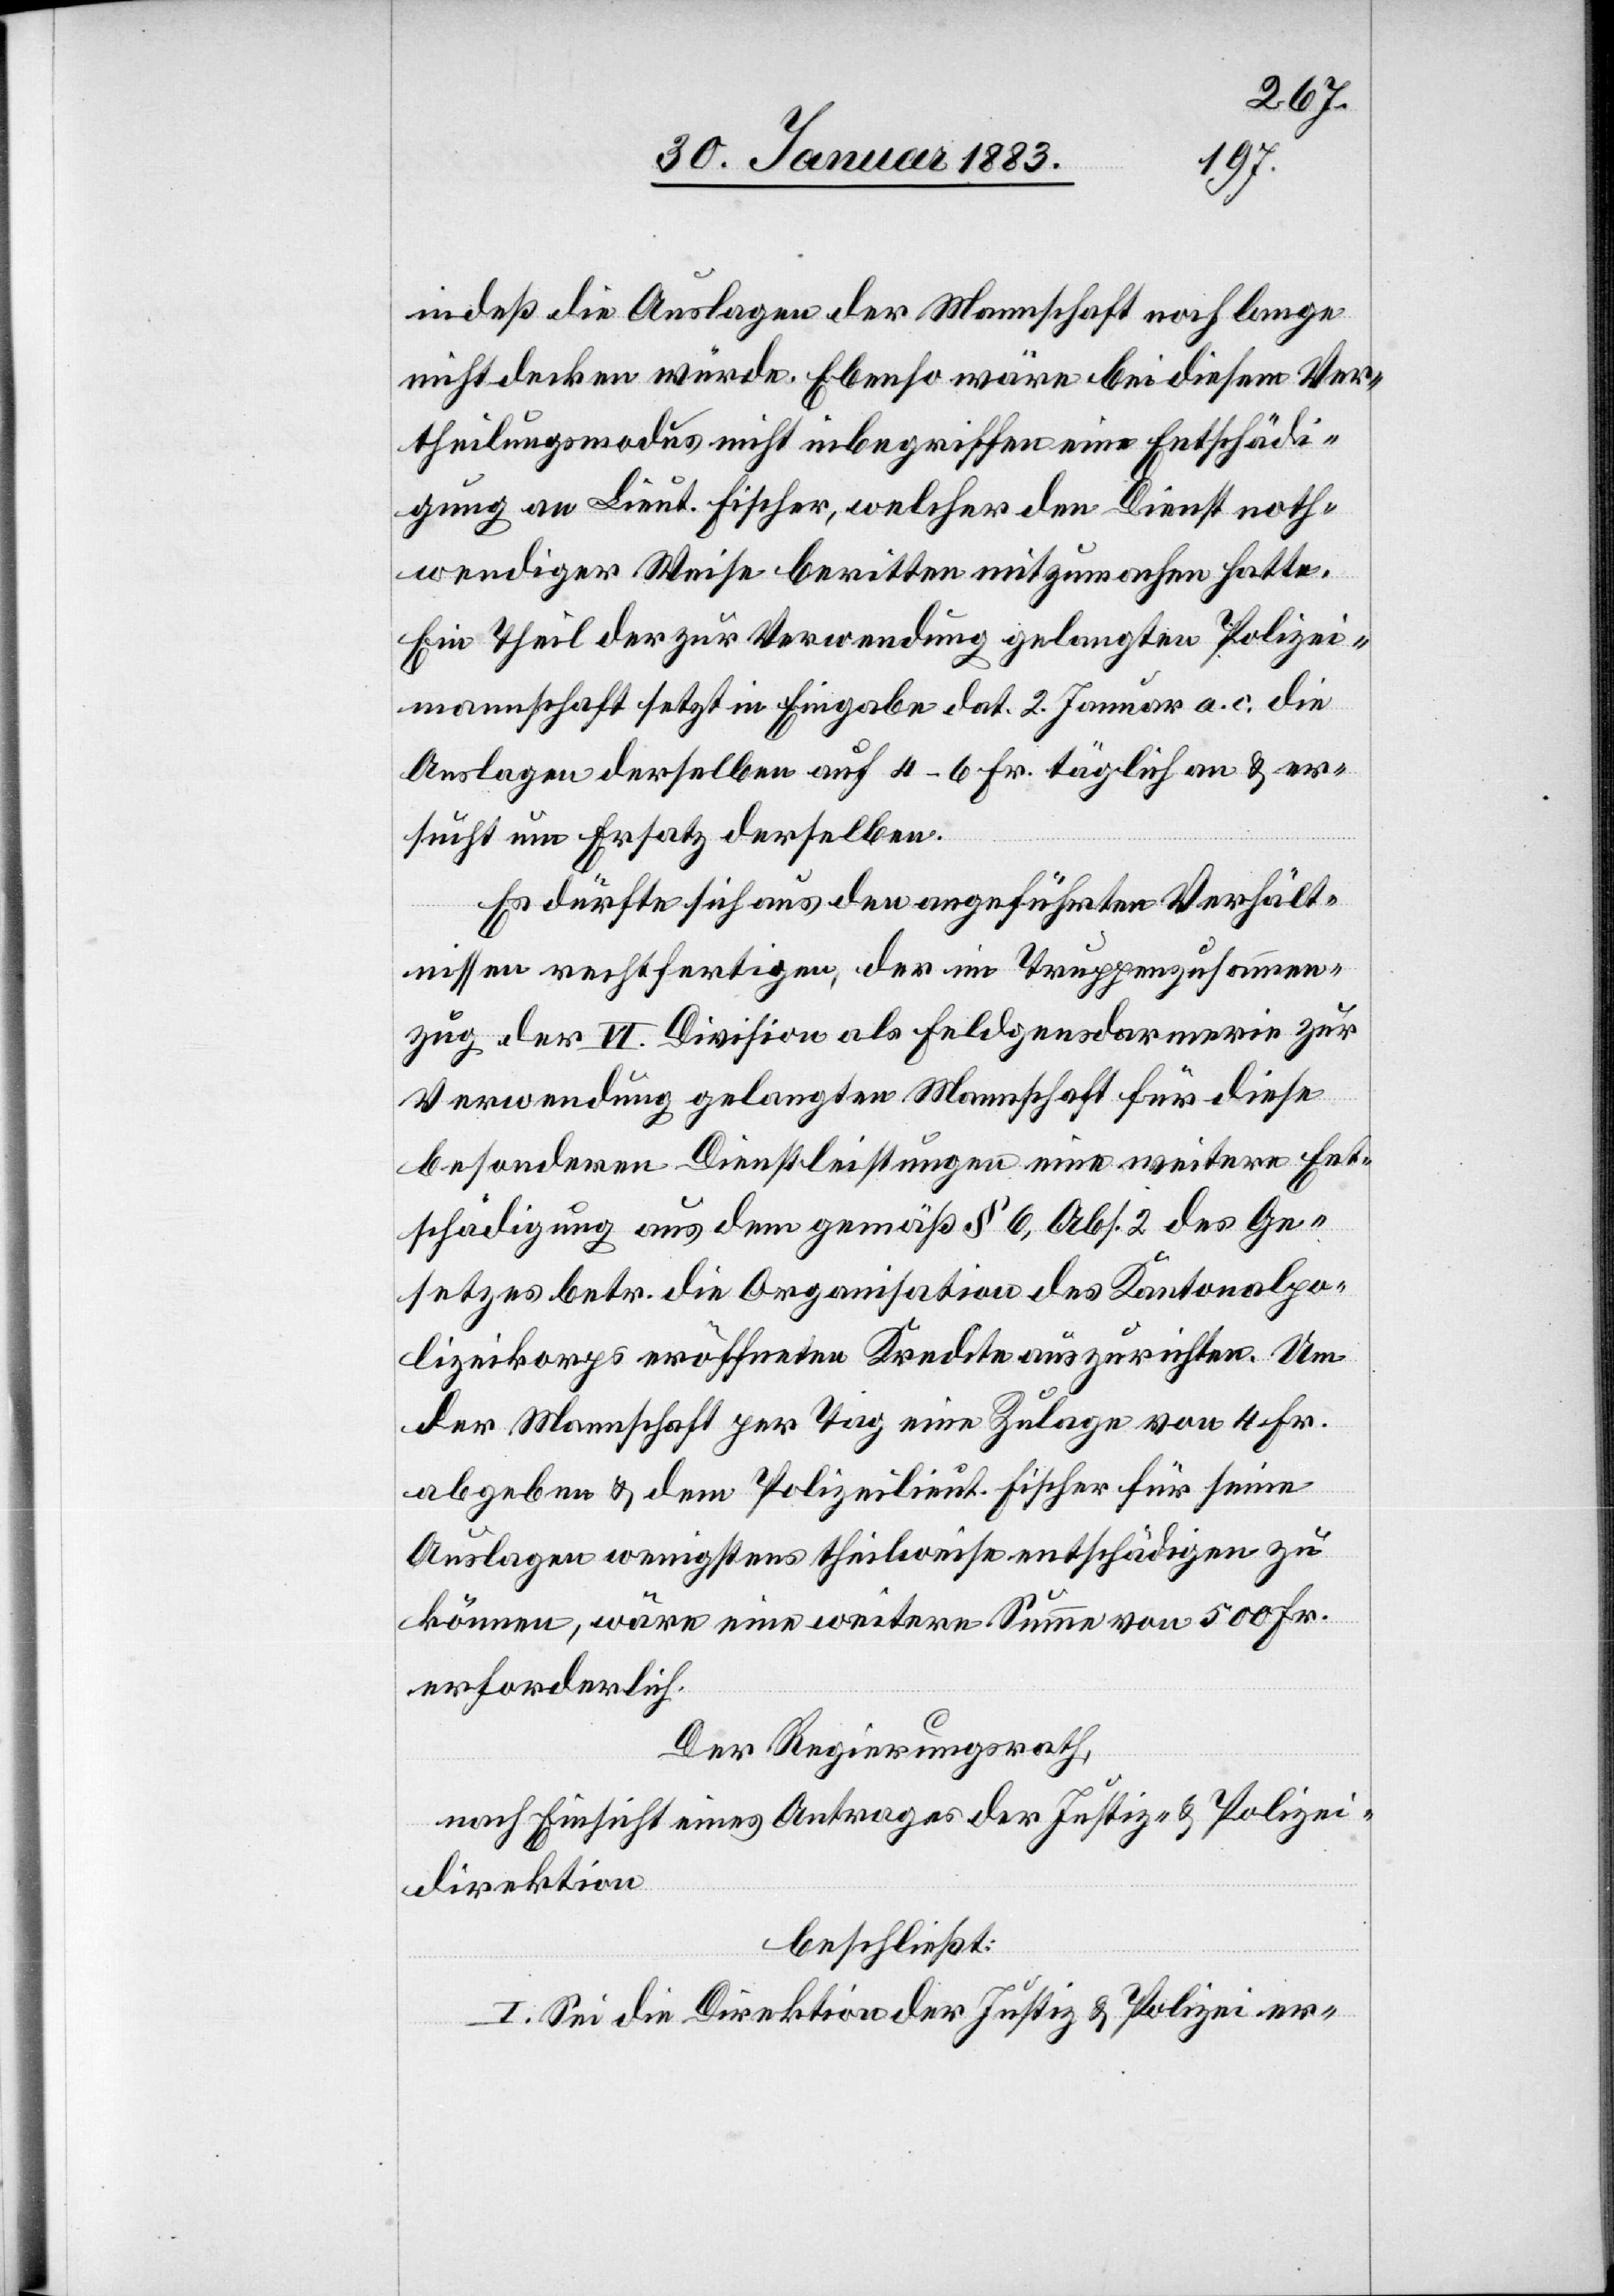
indeß die Auslagen der Mannschaft noch lange
nicht decken würde. Ebenso wäre bei diesem Ver¬
theilungsmodus nicht inbegriffen eine Entschädi¬
gung an Lieut. Fischer, welcher den Dienst noth¬
wendiger Weise beritten mitzumachen hatte.
Ein Theil der zur Verwendung gelangten Polizei¬
mannschaft setzt in Eingabe dat. 2. Januar a. c. die
Auslagen derselben auf 4–6 Fr. täglich an & er¬
sucht um Ersatz derselben.
Es dürfte sich aus den angeführten Verhält¬
nissen rechtfertigen, der im Truppenzusammen¬
zug der VI. Division als Feldgendarmerie zur
Verwendung gelangten Mannschaft für diese
besonderen Dienstleistungen eine weitere Ent¬
schädigung aus dem gemäß § 6, Abs. 2 des Ge¬
setzes betr. die Organisation des Kantonalpo¬
lizeikorps eröffneten Kredite auszurichten. Um
der Mannschaft per Tag eine Zulage von 4 Fr.
abgeben & dem [sic!] Polizeilieut. Fischer für seine
Auslagen wenigstens theilweise entschädigen zu
können, wäre eine weitere Summe von 500 Fr.
erforderlich.
Der Regierungsrath,
nach Einsicht eines Antrages der Justiz- & Polizei¬
direktion
beschließt:
I. Sei die Direktion der Justiz & Polizei er-